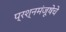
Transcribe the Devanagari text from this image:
प्रश्नमंजूषेचे